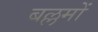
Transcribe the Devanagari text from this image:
बल्लमों